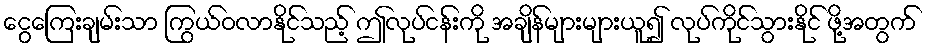
ငွေကြေးချမ်းသာ ကြွယ်ဝလာနိုင်သည့် ဤလုပ်ငန်းကို အချိန်များများယူ၍ လုပ်ကိုင်သွားနိုင် ဖို့အတွက်